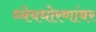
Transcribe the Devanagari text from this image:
ध्येयधोरणांवर